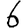
Digit: 6